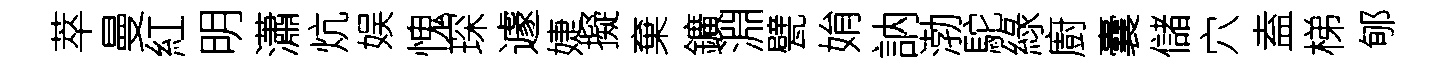
萃曼紅明瀟炕娱愧琛遽婕擬棄鑛淵甓姢訥渤駝綠廚囊儲穴盍梯郇